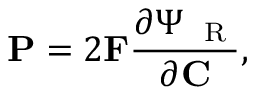
\mathbf { P } = 2 \mathbf { F } \frac { \partial \Psi _ { \mathrm { ~ \tiny ~ R ~ } } } { \partial \mathbf { C } } ,